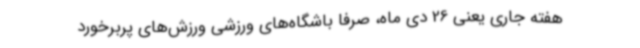
هفته جاری یعنی 26 دی ماه، صرفا باشگاه‌های ورزشی ورزش‌های پربرخورد